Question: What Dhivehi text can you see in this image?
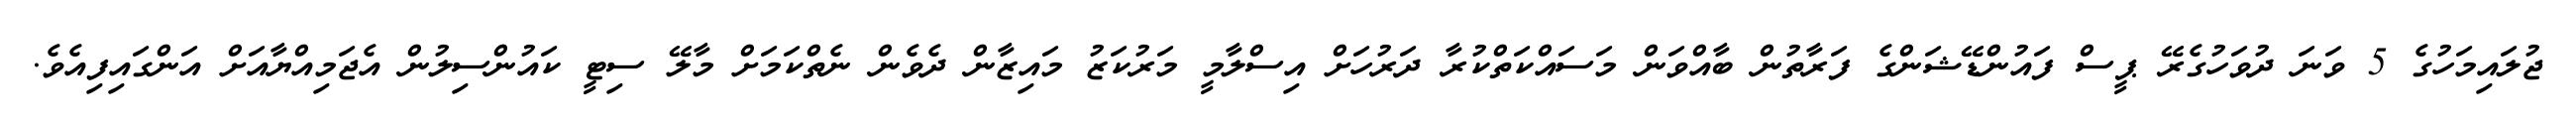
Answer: ޖުލައިމަހުގެ 5 ވަނަ ދުވަހުގެރޭ ޕީސް ފައުންޑޭޝަންގެ ފަރާތުން ބާއްވަން މަސައްކަތްކުރާ ދަރުހަށް އިސްލާމީ މަރުކަޒު މައިޒާން ދެވެން ނެތްކަމަށް މާލޭ ސިޓީ ކައުންސިލުން އެޖަމިއްޔާއަށް އަންގައިފިއެވެ.